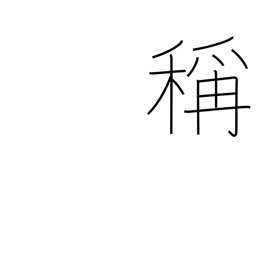
Meaning: brand